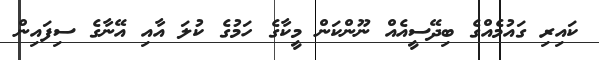
ކައިރި ގައުމެއްގެ ބިދޭސީއެއް ނޫންކަން މީކާގެ ހަމުގެ ކުލަ އާއި އޭނާގެ ސިފައިން